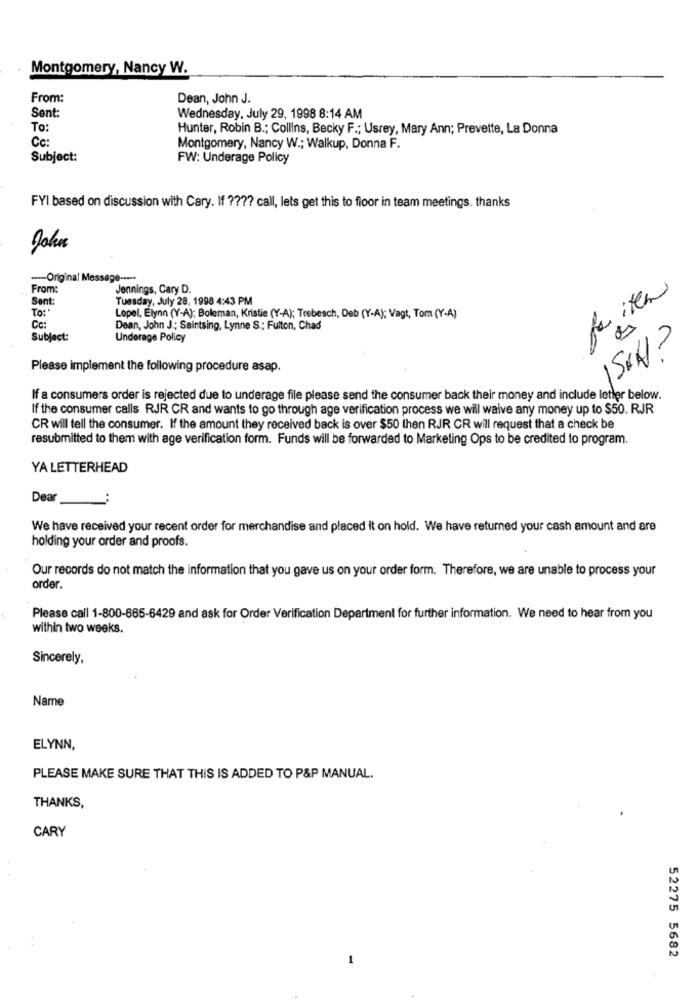
Montgomery, Nancy W.
From:
Dean, John J.
Sent:
Wednesday, July 29, 1998 8:14 AM
To:
Hunter, Robin B .; Collins, Becky F .; Usrey, Mary Ann; Prevette, La Donna
Cc:
Montgomery, Nancy W .; Walkup, Donna F.
Subject:
FW: Underage Policy
FYI based on discussion with Cary. If ???? call, lets get this to floor in team meetings. thanks
John
-- Original Message -----
From:
Jennings, Cary D.
feiten
Sent:
Tuesday, July 28, 1998 4:43 PM
To:'
Lepel, Elynn (Y-A); Boleman, Kristie (Y-A); Trebeach, Deb (Y-A); Vagt, Tom (Y-A)
Cc:
Dean, John J .; Saintsing, Lynne S .; Fulton, Chad
Subject:
Underage Policy
Please implement the following procedure asap.
If a consumers order is rejected due to underage file please send the consumer back their money and include letler below.
If the consumer calls RJR CR and wants to go through age verification process we will waive any money up to $50. RJR
CR will tell the consumer. If the amount they received back is over $50 then RJR CR will request that a check be
resubmitted to them with age verification form. Funds will be forwarded to Marketing Ops to be credited to program.
YA LETTERHEAD
Dear
We have received your recent order for merchandise and placed it on hold. We have returned your cash amount and are
holding your order and proofs.
Our records do not match the information that you gave us on your order form. Therefore, we are unable to process your
order.
Please call 1-800-665-6429 and ask for Order Verification Department for further information. We need to hear from you
within two weeks.
Sincerely,
Name
ELYNN,
PLEASE MAKE SURE THAT THIS IS ADDED TO P&P MANUAL.
THANKS,
CARY
52275 5682